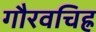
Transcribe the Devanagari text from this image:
गौरवचिह्र